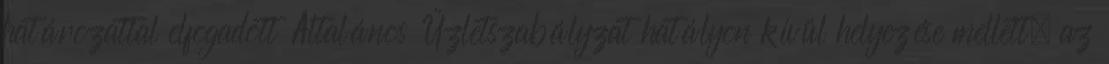
határozattal elfogadott Általános Üzletszabályzat hatályon kívül helyezése mellett, az